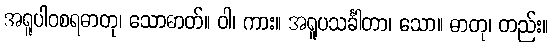
အရူပါဝစရဓာတု၊ သောဓာတ်။ ဝါ၊ ကား။ အရူပသင်္ခါတာ၊ သော။ ဓာတု၊ တည်း။